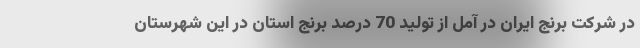
در شرکت برنج ایران در آمل از تولید 70 درصد برنج استان در این شهرستان